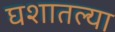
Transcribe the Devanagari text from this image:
घशातल्या